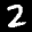
Label: 2